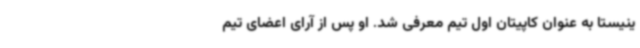
ینیستا به عنوان کاپیتان اول تیم معرفی شد. او پس از آرای اعضای تیم